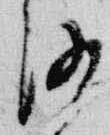
沙